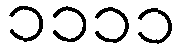
၁၁၁၁